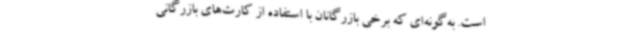
است. به‌گونه‌ای که برخی بازرگانان با استفاده از کارت‌های بازرگانی